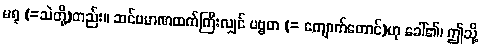
မရု (=သဲတို့)တည်း။ ဆင်ပမာဏထက်ကြီးလျှင် ပဗ္ဗတ (= ကျောက်တောင်)ဟု ခေါ်၏၊ ဤသို့